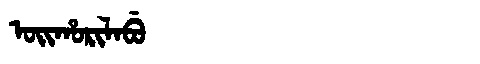
Manchu: ᠣᡳᡥᠣᡵᡳᠯᠠᠪᡠ
Romanization: OIHORILABU